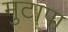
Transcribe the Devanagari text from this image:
मुटापा